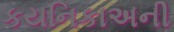
કયનિકાઅની